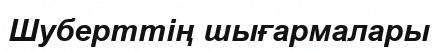
Шуберттің шығармалары